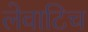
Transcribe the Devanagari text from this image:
लेवाटिच